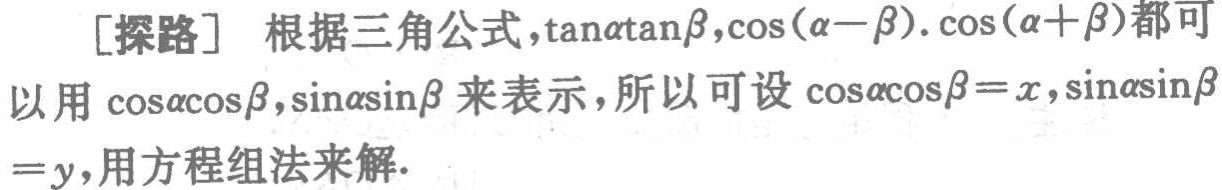
[探路] 根据三角公式，\(\tan\alpha\tan\beta\)，\(\cos(\alpha - \beta)\)，\(\cos(\alpha+\beta)\)都可以用\(\cos\alpha\cos\beta\)，\(\sin\alpha\sin\beta\)来表示，所以可设\(\cos\alpha\cos\beta = x\)，\(\sin\alpha\sin\beta=y\)，用方程组法来解.